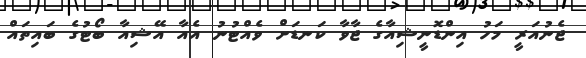
ޖެނުއަރީ މަހު އިންޑޮނީޝިއާގެ ޖާވާ ކަނޑަށް ވެއްޓުނު އެއާ އޭޝިއާ ބޯޓުގެ ބައިތައް